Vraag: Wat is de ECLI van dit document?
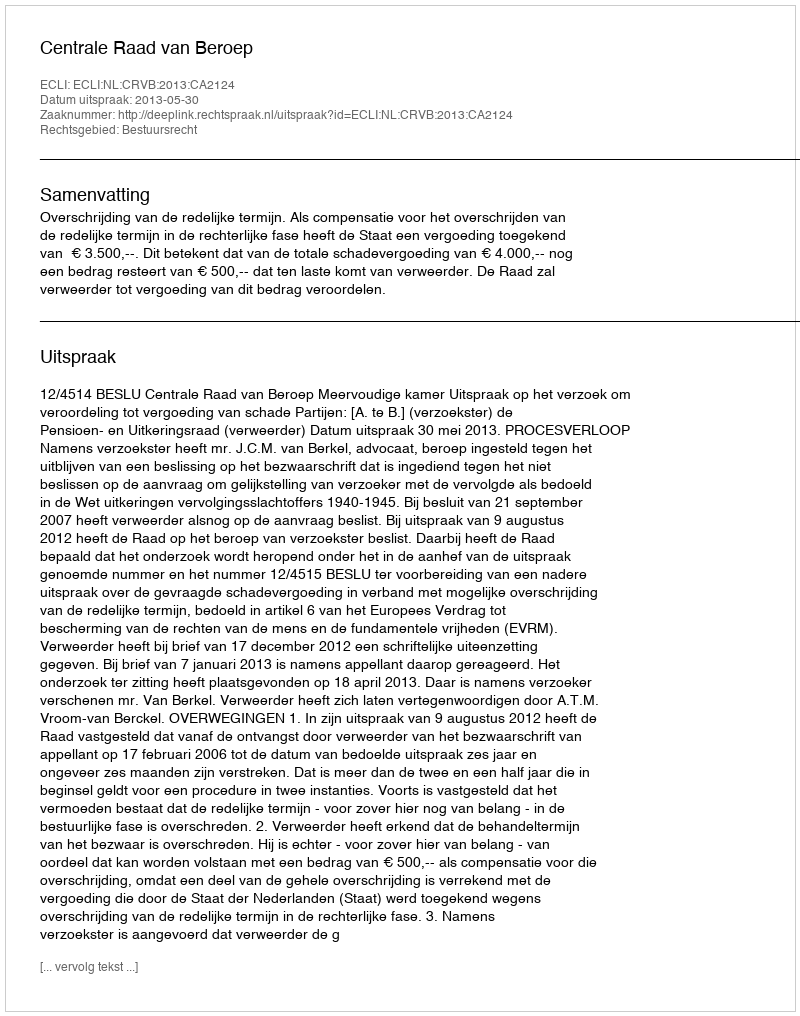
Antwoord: ECLI:NL:CRVB:2013:CA2124